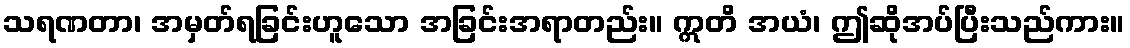
သရဏတာ၊ အမှတ်ရခြင်းဟူသော အခြင်းအရာတည်း။ ဣတိ အယံ၊ ဤဆိုအပ်ပြီးသည်ကား။